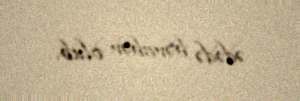
ədədə bərabər olub.